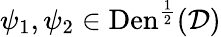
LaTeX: \psi_{1},\psi_{2}\in\textrm{Den}^{\frac{1}{2}}(\mathcal{D})